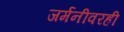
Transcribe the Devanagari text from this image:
जर्मनीवरही